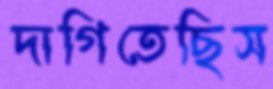
দাগিতেছিস